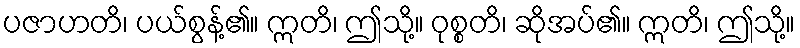
ပဇာဟတိ၊ ပယ်စွန့်၏။ ဣတိ၊ ဤသို့။ ဝုစ္စတိ၊ ဆိုအပ်၏။ ဣတိ၊ ဤသို့။